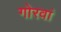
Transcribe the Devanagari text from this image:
गोरवां